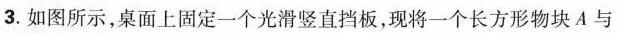
3.如图所示，桌面上固定一个光滑竖直挡板，现将一个长方形物块A与